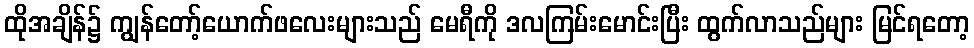
ထိုအချိန်၌ ကျွန်တော့်ယောက်ဖလေးများသည် မေရီကို ဒလကြမ်းမောင်းပြီး ထွက်လာသည်များ မြင်ရတော့